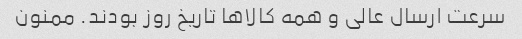
سرعت ارسال عالی و همه کالاها تاریخ روز بودند. ممنون